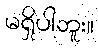
မရှိပါဘူး။